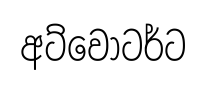
අට්වොටර්ට